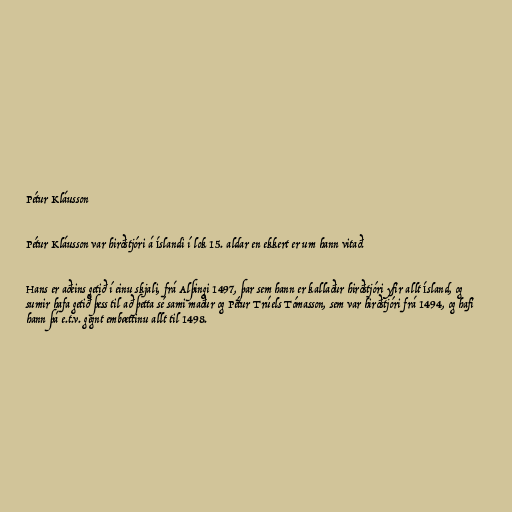
Pétur Kláusson

Pétur Kláusson var hirðstjóri á Íslandi í lok 15. aldar en ekkert er um hann vitað.

Hans er aðeins getið í einu skjali, frá Alþingi 1497, þar sem hann er kallaður hirðstjóri yfir allt Ísland, og
sumir hafa getið þess til að þetta sé sami maður og Pétur Trúels Tómasson, sem var hirðstjóri frá 1494, og hafi
hann þá e.t.v. gegnt embættinu allt til 1498.